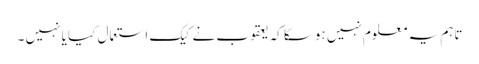
تاہم یہ معلوم نہیں ہوسکا کہ یعقوب نے کیک استعمال کیا یا نہیں ۔